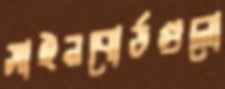
সাইনবোর্ডগুলো